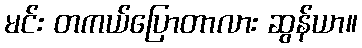
မင်း တကယ်ပြောတာလား ဆွန်ယာ။